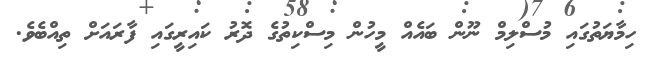
ހިމާޔަތުގައި މުސްލިމް ނޫން ބައެއް މީހުން މިސްކިތުގެ ދޮރު ކައިރީގައި ފާރައަށް ތިއްބެވެ.